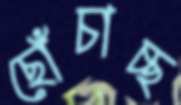
ছোঁচাচ্ছ